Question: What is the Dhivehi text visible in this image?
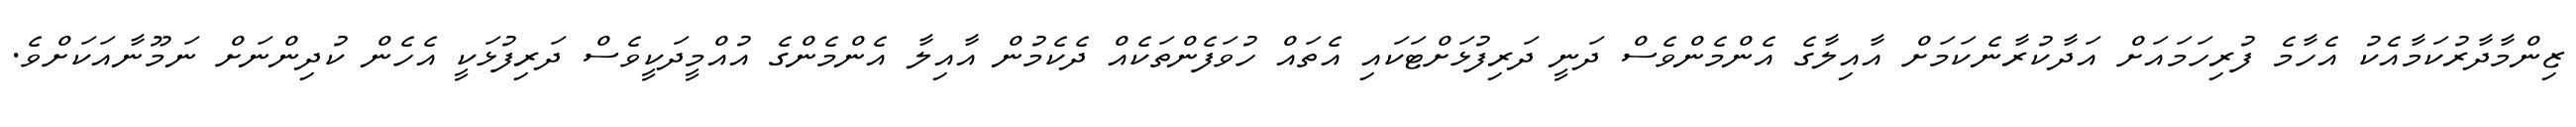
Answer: ޒިންމާދާރުކަމާއެކު އެހާމެ ފުރިހަމައަށް އަދާކުރާނެކަމަށް އާއިލާގެ އެންމެންވެސް ދަނީ ދަރިފުޅަށްޓަކައި އެތައް ހުވަފެންތަކެއް ދެކެމުން އާއިލާ އެންމެންގެ އުއްމީދަކީވެސް ދަރިފުޅަކީ އެހެން ކުދިންނަށް ނަމޫނާއަކަށްވެ.